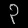
Digit: ၃